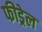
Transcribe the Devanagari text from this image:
फीड्रेल